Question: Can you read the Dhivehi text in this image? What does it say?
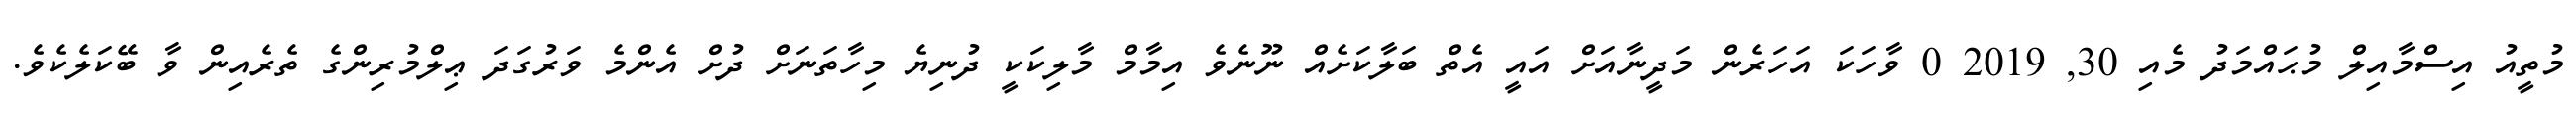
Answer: މުތީއު އިސްމާއިލް މުޙައްމަދު މެއި 30, 2019 0 ވާހަކަ އަހަރެން މަދީނާއަށް އައީ އެތް ބަލާކަށެއް ނޫނެވެ އިމާމް މާލިކަކީ ދުނިޔެ މިހާތަނަށް ދުށް އެންމެ ވަރުގަދަ ޢިލްމުރިންގެ ތެރެއިން ވާ ބޭކަލެކެވެ.